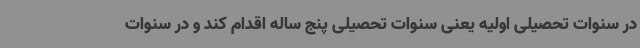
در سنوات تحصیلی اولیه یعنی سنوات تحصیلی پنج ساله اقدام کند و در سنوات